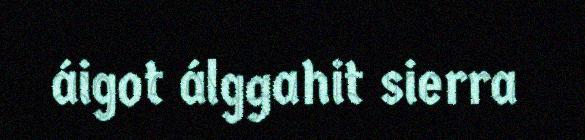
áigot álggahit sierra